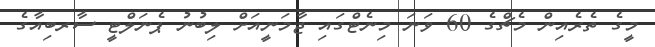
މީގެ ތެރެއިން މެޗްގެ 60 ވަނަ މިނެޓްގައި ޖާމަނީއަށް ލިބުނު ޕެނަލްޓީ ސާރބިއާގެ